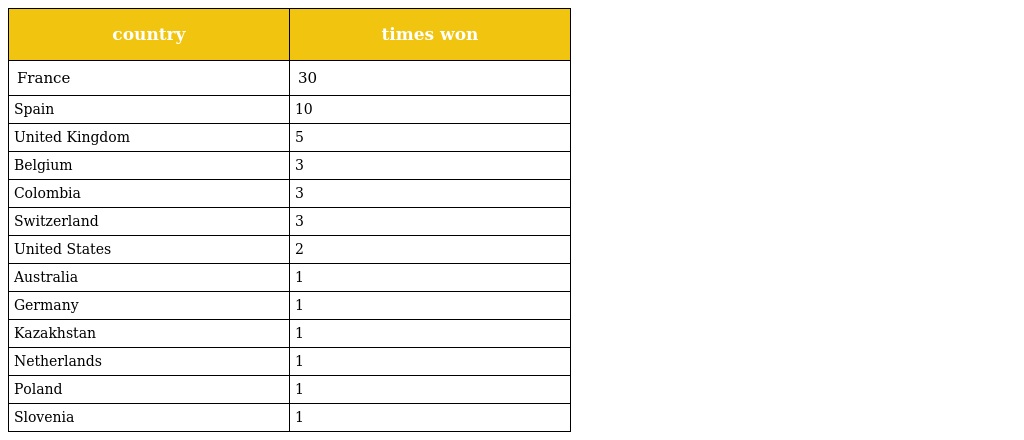
| country | times won |
 | --- | --- |
 | France | 30 |
 | Spain | 10 |
 | United Kingdom | 5 |
 | Belgium | 3 |
 | Colombia | 3 |
 | Switzerland | 3 |
 | United States | 2 |
 | Australia | 1 |
 | Germany | 1 |
 | Kazakhstan | 1 |
 | Netherlands | 1 |
 | Poland | 1 |
 | Slovenia | 1 |